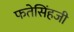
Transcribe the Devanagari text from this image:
फतेसिंहजी